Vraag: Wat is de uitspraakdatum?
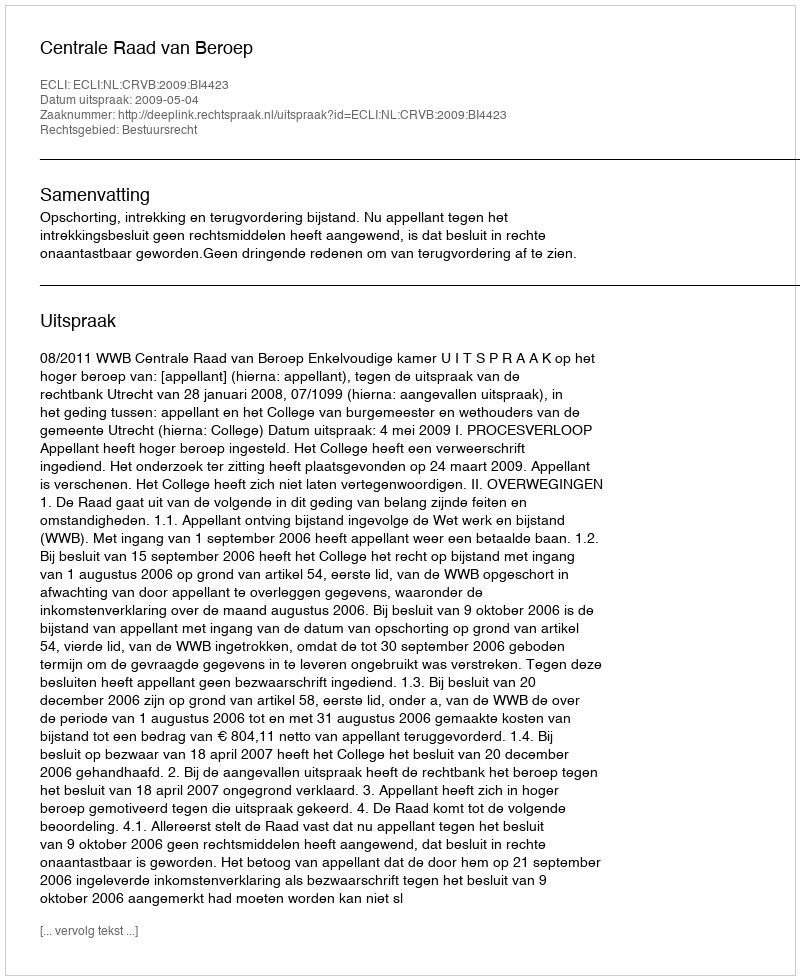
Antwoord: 2009-05-04